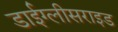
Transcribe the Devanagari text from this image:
डाईग्लीसराइड